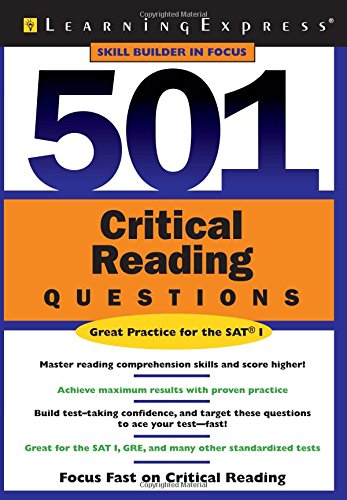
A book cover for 501 Critical Reading Questions (501 Series); LearningExpress LLC Editors; Science & Math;